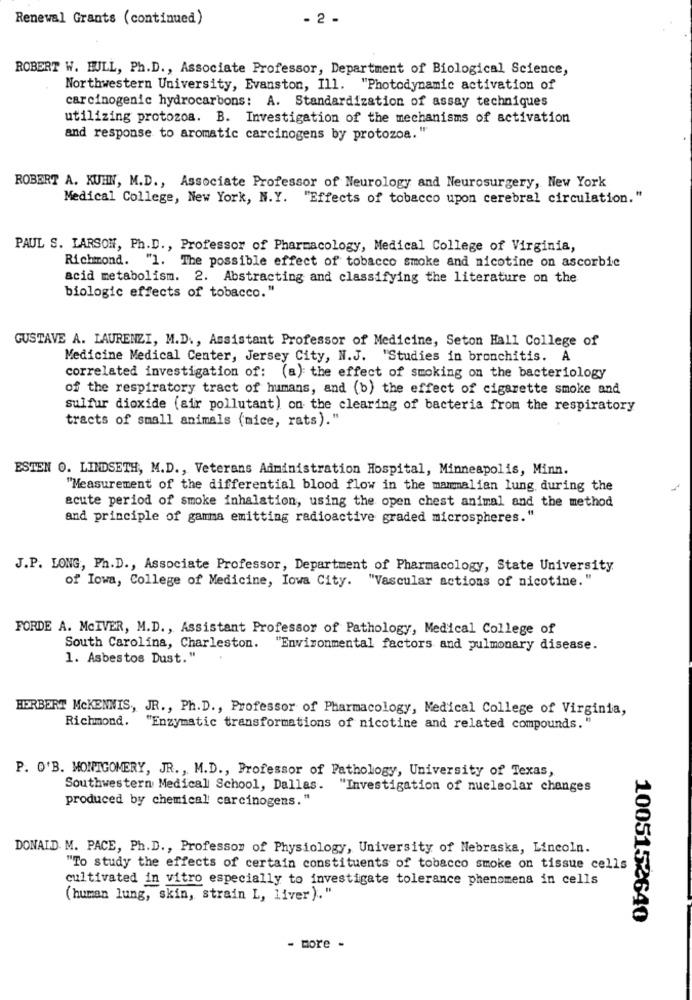
Renewal Grants (continued)
- 2 .
ROBERT W. HULL, Ph.D ., Associate Professor, Department of Biological Science,
Northwestern University, Evanston, Ill. "Photodynamic activation of
carcinogenic hydrocarbons: A. Standardization of assay techniques
utilizing protozoa. B. Investigation of the mechanisms of activation
and response to aromatic carcinogens by protozoa."
ROBERT A. KUHN, M.D ., Associate Professor of Neurology and Neurosurgery, New York
Medical College, New York, N.Y. "Effects of tobacco upon cerebral circulation."
PAUL S. LARSON, Ph.D ., Professor of Pharmacology, Medical College of Virginia,
Richmond. "1. The possible effect of tobacco smoke and nicotine on ascorbic
acid metabolism. 2. Abstracting and classifying the literature on the
biologic effects of tobacco. "
GUSTAVE A. LAURENZI, M.D ., Assistant Professor of Medicine, Seton Hall College of
Medicine Medical Center, Jersey City, N.J. "Studies in bronchitis. A
correlated investigation of: (a) the effect of smoking on the bacteriology
of the respiratory tract of humans, and (b) the effect of cigarette smoke and
sulfur dioxide (air pollutant) on the clearing of bacteria from the respiratory
tracts of small animals (mice, rats)."
ESTEN O. LINDSETH, M.D ., Veterans Administration Hospital, Minneapolis, Minn.
"Measurement of the differential blood flow in the mammalian lung during the
acute period of smoke inhalation, using the open chest animal and the method
and principle of gamma emitting radioactive graded microspheres."
J.P. LONG, Ph.D ., Associate Professor, Department of Pharmacology, State University
of Iowa, College of Medicine, Iowa City. "Vascular actions of nicotine. "
FORDE A. MCIVER, M.D ., Assistant Professor of Pathology, Medical College of
South Carolina, Charleston. "Environmental factors and pulmonary disease.
1. Asbestos Dust."
HERBERT McKENNIS, JR ., Ph.D ., Professor of Pharmacology, Medical College of Virginia,
Richmond,
"Enzymatic transformations of nicotine and related compounds. "
P. O'B. MONTGOMERY, JR. , M.D ., Professor of Pathology, University of Texas,
Southwestern Medical School, Dallas. "Investigation of nucleolar changes
produced by chemical carcinogens."
DONALD. M. PACE, Ph.D ., Professor of Physiology, University of Nebraska, Lincoln.
"To study the effects of certain constituents of tobacco smoke on tissue cells
cultivated in vitro especially to investigate tolerance phenomena in cells
(human lung, skin, strain L, liver)."
1005152640
- more -